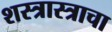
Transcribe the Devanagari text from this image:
शस्त्रास्त्राचा